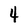
Character: 4